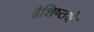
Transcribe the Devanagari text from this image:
वैशि़ष्ठ्ये